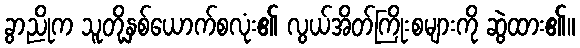
ခွာညိုက သူတို့နှစ်ယောက်စလုံး၏ လွယ်အိတ်ကြိုးစများကို ဆွဲထား၏။